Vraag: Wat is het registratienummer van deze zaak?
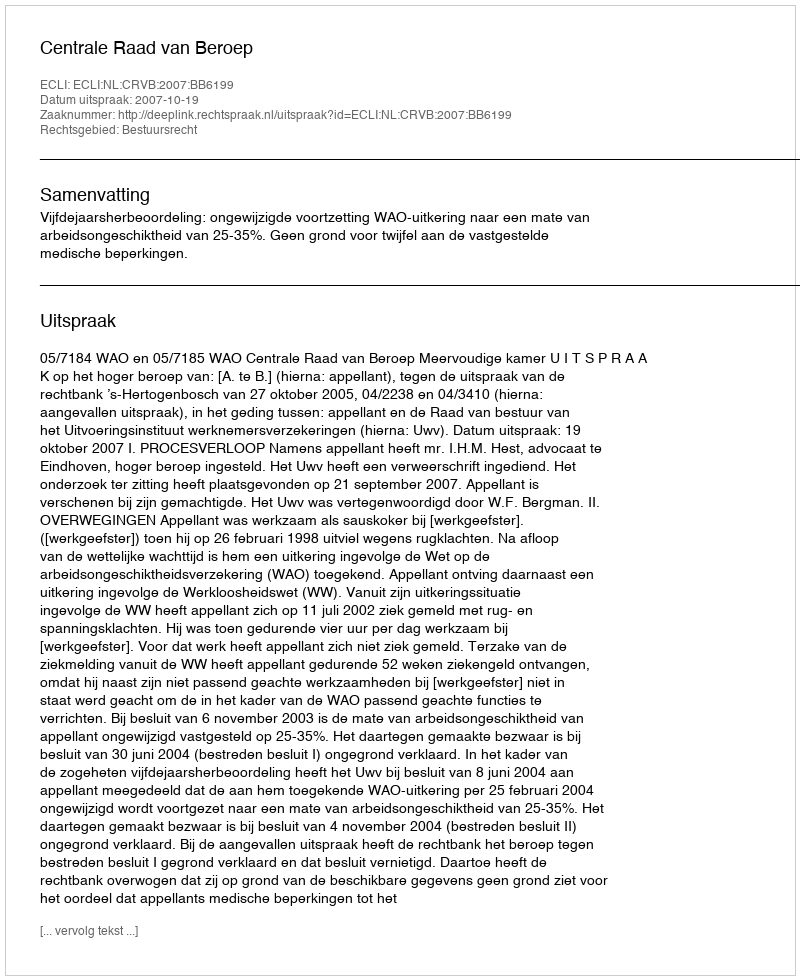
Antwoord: http://deeplink.rechtspraak.nl/uitspraak?id=ECLI:NL:CRVB:2007:BB6199